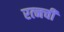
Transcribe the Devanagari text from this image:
रत्‍नची